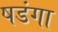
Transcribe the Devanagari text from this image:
षडंगा